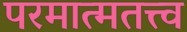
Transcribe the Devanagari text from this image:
परमात्मतत्त्व